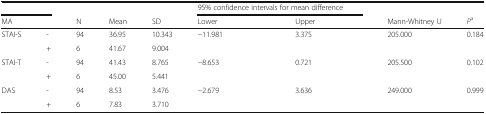
<table><thead><tr><td colspan="2"></td><td></td><td></td><td></td><td colspan="2"><b>95% confidence intervals for mean difference</b></td><td></td><td></td></tr><tr><td colspan="2"><b>MA</b></td><td><b>N</b></td><td><b>Mean</b></td><td><b>SD</b></td><td><b>Lower</b></td><td><b>Upper</b></td><td><b>Mann-Whitney U</b></td><td><b><i>P</i><sup>a</sup></b></td></tr></thead><tbody><tr><td rowspan="2">STAI-S</td><td>-</td><td>94</td><td>36.95</td><td>10.343</td><td rowspan="2">−11.981</td><td rowspan="2">3.375</td><td rowspan="2">205.000</td><td rowspan="2">0.184</td></tr><tr><td>+</td><td>6</td><td>41.67</td><td>9.004</td></tr><tr><td rowspan="2">STAI-T</td><td>-</td><td>94</td><td>41.43</td><td>8.765</td><td rowspan="2">−8.653</td><td rowspan="2">0.721</td><td rowspan="2">205.500</td><td rowspan="2">0.102</td></tr><tr><td>+</td><td>6</td><td>45.00</td><td>5.441</td></tr><tr><td rowspan="2">DAS</td><td>-</td><td>94</td><td>8.53</td><td>3.476</td><td rowspan="2">−2.679</td><td rowspan="2">3.636</td><td rowspan="2">249.000</td><td rowspan="2">0.999</td></tr><tr><td>+</td><td>6</td><td>7.83</td><td>3.710</td></tr></tbody></table>